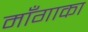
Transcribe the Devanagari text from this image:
माँगाका